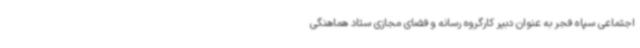
اجتماعی سپاه فجر به عنوان دبیر کارگروه رسانه و فضای مجازی ستاد هماهنگی